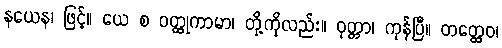
နယေန၊ ဖြင့်။ ယေ စ ဝတ္ထုကာမာ၊ တို့ကိုလည်း။ ဝုတ္တာ၊ ကုန်ပြီ။ တတ္ထေဝ၊